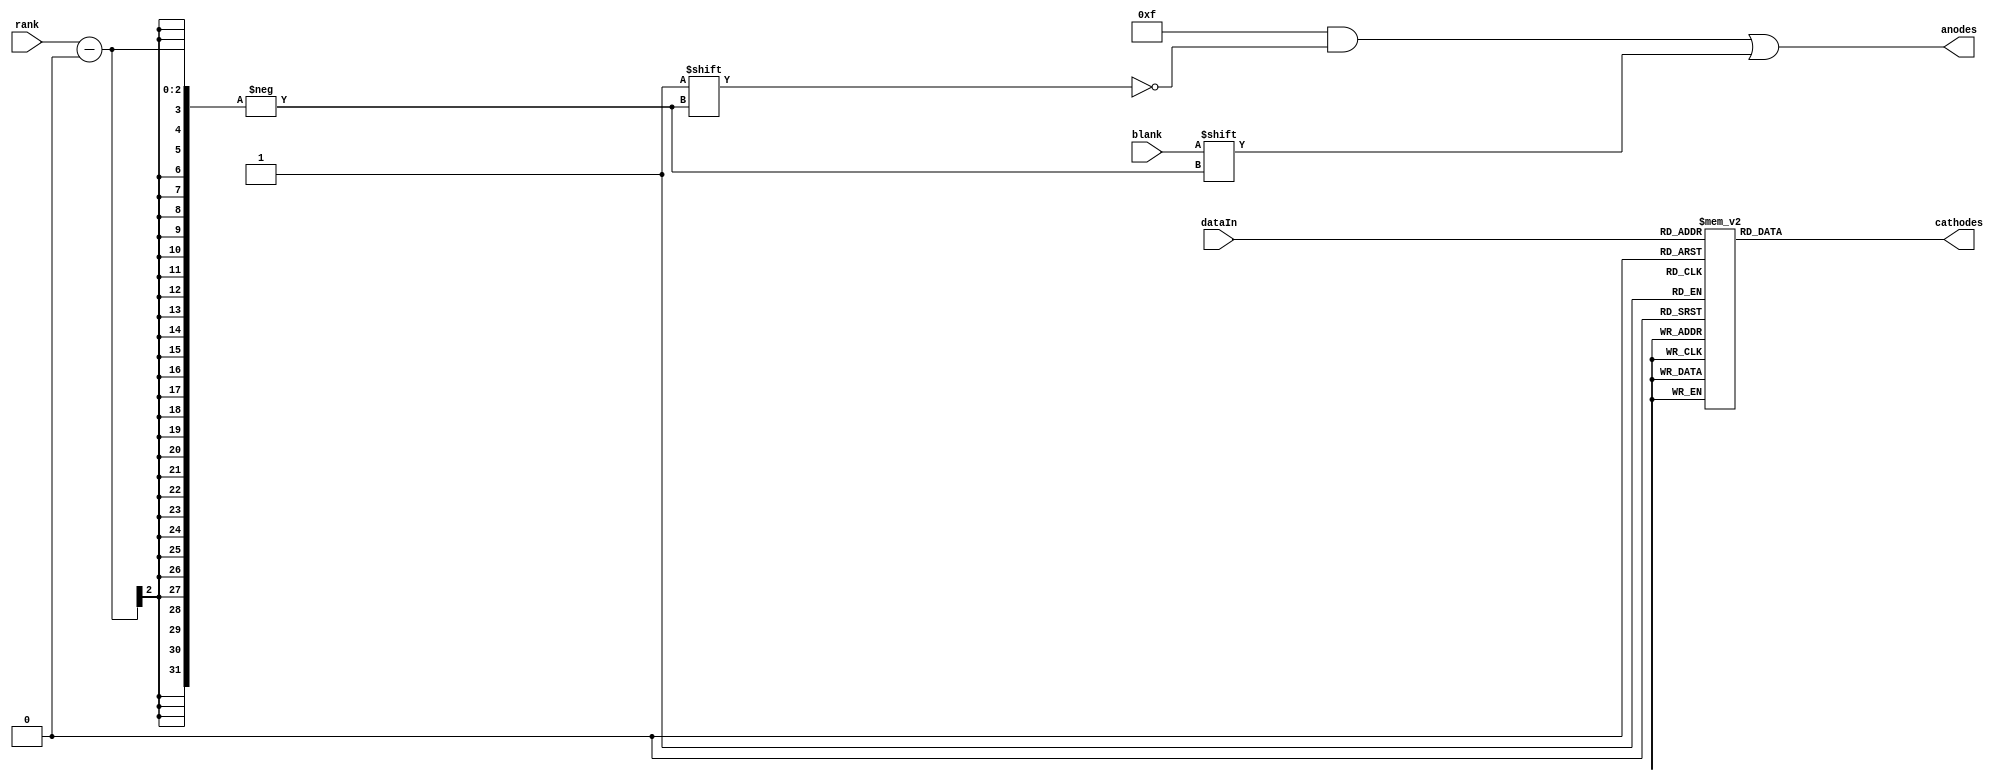
`timescale 1ns / 1ps
//////////////////////////////////////////////////////////////////////////////////
// Company: 
// Engineer: 
// 
// Design Name: 
// Module Name:    Digit 
// Project Name: 
// Target Devices: 
// Tool versions: 
// Description: 
//
// Dependencies: 
//
// Revision: 
// Revision 0.01 - File Created
// Additional Comments: 
//
//////////////////////////////////////////////////////////////////////////////////
module Digit(
    input [1:0] rank,
    input blank,
    input [3:0] dataIn,
    output reg [3:0] anodes,
    output reg [7:0] cathodes
    );

	always @(dataIn) begin
		case(dataIn)
			0: cathodes = 8'b11000000; 
			1: cathodes = 8'b11111001;
			2: cathodes = 8'b10100100;
			3: cathodes = 8'b10110000;
			4: cathodes = 8'b10011001; 
			5: cathodes = 8'b10010010; 
			6: cathodes = 8'b10000010;
			7: cathodes = 8'b11111000;
			8: cathodes = 8'b10000000;
			9: cathodes = 8'b10010000;
			10:cathodes = 8'b10001000;
			11: cathodes = 8'b10000011; 
			12: cathodes = 8'b11000110;
			13: cathodes = 8'b10100001;
			14: cathodes = 8'b10000110;
			15: cathodes = 8'b10001110;
		endcase
	end
	
	always @(rank or blank) begin
		anodes = 4'b1111 ;
		anodes[rank] = blank;
	end

endmodule